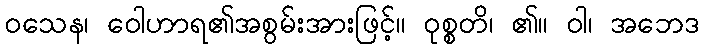
ဝသေန၊ ဝေါဟာရ၏အစွမ်းအားဖြင့်။ ဝုစ္စတိ၊ ၏။ ဝါ၊ အဘေဒ